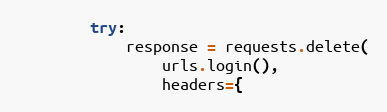
Language: Python
        try:
            response = requests.delete(
                urls.login(),
                headers={